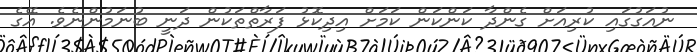
ނުއަގުގައި ކުރިއަށް ގެންދާ ކަންކަން ކަމަށް އިދިކޮޅު ފަރާތްތަކުން ދަނީ ބުނަމުންނެވެ. އޭގެ